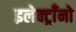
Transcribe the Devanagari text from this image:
इलेक्ट्राँनो